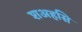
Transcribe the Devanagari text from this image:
शअहसि